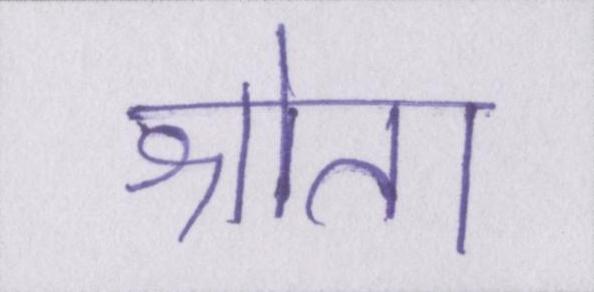
श्रोता